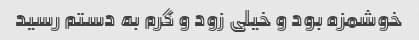
خوشمزه بود و خیلی زود و گرم به دستم رسید